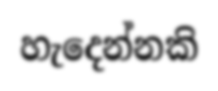
හැදෙන්නකි